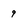
Character: 9